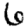
Digit: 6